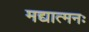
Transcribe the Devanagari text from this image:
मद्यात्मनः